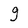
Character: 9